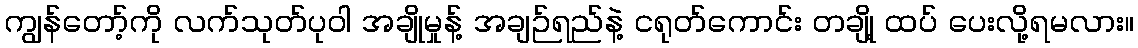
ကျွန်တော့်ကို လက်သုတ်ပုဝါ အချိုမှုန့် အချဉ်ရည်နဲ့ ငရုတ်ကောင်း တချို့ ထပ် ပေးလို့ရမလား။